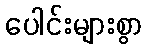
ပေါင်းများစွာ